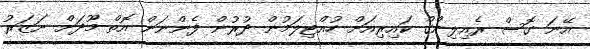
އޭނަ ގޮސް ރެއިލިންގް ކައިރިއަށް ހުއްޓިލަމުން ދުރުން ފެންނަން އޮތް މޫދަށް ނަޒަރު